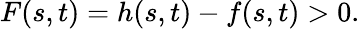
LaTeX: F(s,t)=h(s,t)-f(s,t)>0.